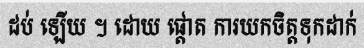
ដប់ ឡើយ ។ ដោយ ផ្តោត ការយកចិត្តទុកដាក់